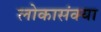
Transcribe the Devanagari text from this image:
लोकासंक्या